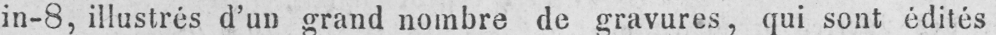
in-8, illustrés d’un grand nombre de gravures, qui sont édités